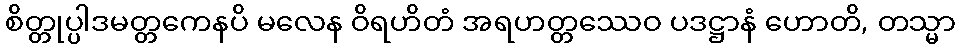
စိတ္တုပ္ပါဒမတ္တကေနပိ မလေန ဝိရဟိတံ အရဟတ္တဿေဝ ပဒဋ္ဌာနံ ဟောတိ, တသ္မာ